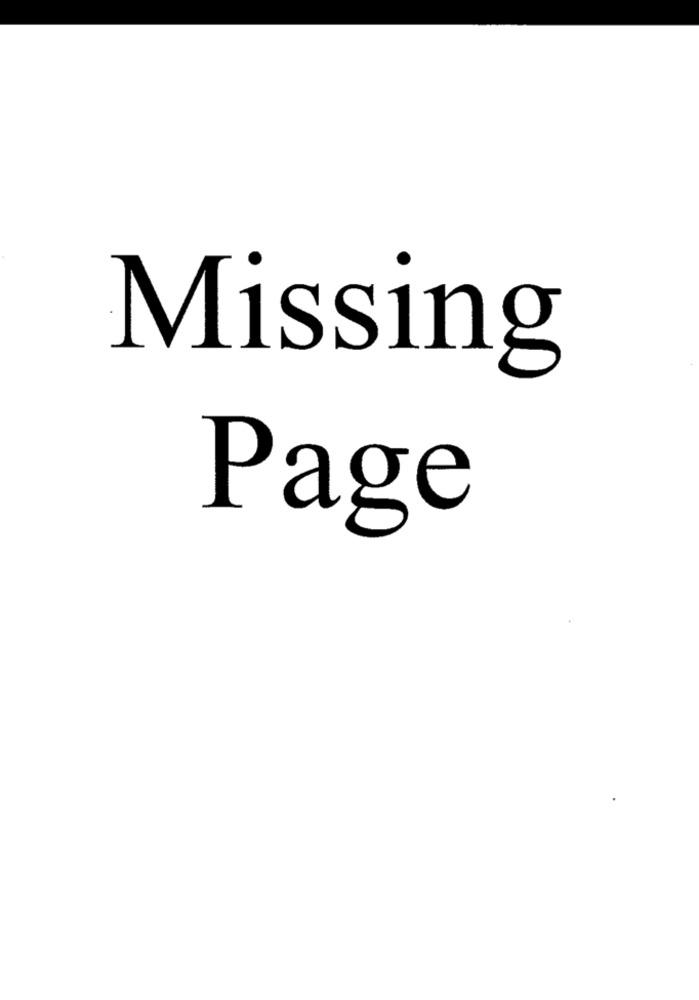
Missing
Page